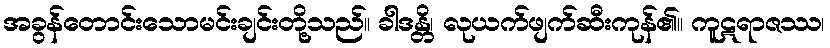
အခွန်တောင်းသောမင်းချင်းတို့သည်။ ခါဒန္တိ၊ လုယက်ဖျက်ဆီးကုန်၏။ ကူဋရာဇဿ၊